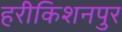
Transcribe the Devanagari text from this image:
हरीकिशनपुर